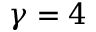
\gamma = 4